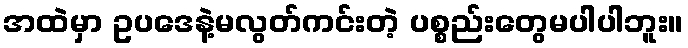
အထဲမှာ ဥပဒေနဲ့မလွတ်ကင်းတဲ့ ပစ္စည်းတွေမပါပါဘူး။